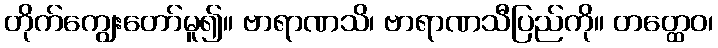
တိုက်ကျွေးတော်မူ၍။ ဗာရာဏသိ၊ ဗာရာဏသီပြည်ကို။ တတ္ထေဝ၊